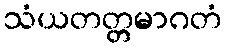
သံယတတ္တမာဂတံ